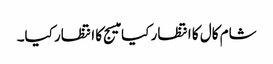
شام کال کا انتظار کیا میسج کا انتظار کیا۔